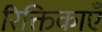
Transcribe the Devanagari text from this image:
रिक्तिकाएँ